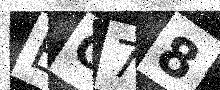
Text: EG78